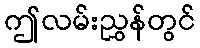
ဤလမ်းညွှန်တွင်